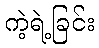
ကဲ့ရဲ့ခြင်း